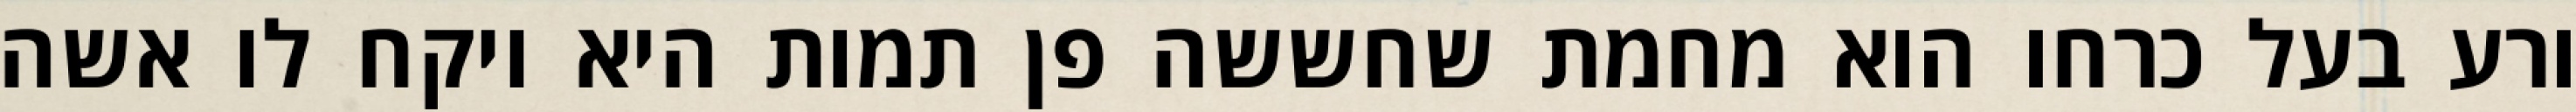
ורע בעל כרחו הוא מחמת שחששה פן תמות היא ויקח לו אשה